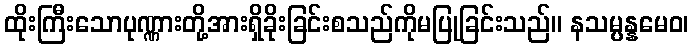
ထိုးကြီးသောပုဏ္ဏားတို့အားရှိခိုးခြင်းစသည်ကိုမပြုခြင်းသည်။ နသမ္ပန္နမေဝ၊